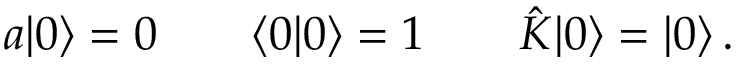
a | 0 \rangle = 0 \qquad \langle 0 | 0 \rangle = 1 \qquad \hat { \cal K } | 0 \rangle = | 0 \rangle \, .